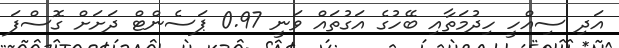
އަދި ސިއްހީ ހިދުމަތާއި ބޭހުގެ އަގުތައް ވަނީ 0.97 ޕަސެންޓް ދަށަށް ގޮސްފަ